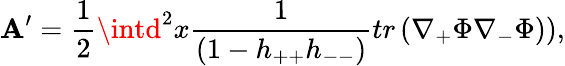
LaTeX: \mathbf{A}^{\prime}=\frac{{1}}{{2}}\intd^{2}x\frac{{1}}{{(1-h_{++}h_{--})}}tr\left(\nabla_{+}\Phi\nabla_{-}\Phi)\right),